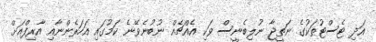
އަދި ޓެސްޓުތަކުގެ ނަތީޖާ ނުލިބެނީސް ވަކި އެއްޗެއް ނުބުނެވޭނެ ކަމުގައި އަހަރެންނާއި އާރިފްއަށް